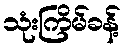
သုံးကြိမ်ခန့်